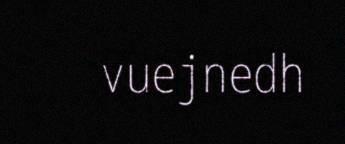
vuejnedh